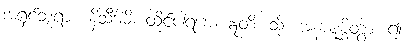
အရှင်ဘုရား။ နိသီဒါမိ၊ ထိုင်ပါရစေ။ ဣတိ၊ သို့။ အနာပုစ္ဆိတွာ၊ ၍။